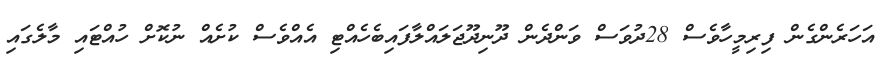
އަހަރެންގެން ފިރިމީހާވެސް 28ދުވަސް ވަންދެން ދޫނިދޫޖަލައްލާފައިބެހެއްޓި އެއްވެސް ކުށެއް ނުކޮށް ހުއްޓައި މާލެެގައި